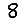
Digit: 8